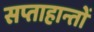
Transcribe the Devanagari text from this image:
सप्ताहान्तों